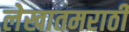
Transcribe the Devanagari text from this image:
लेखातमराठी